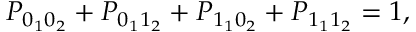
\begin{array} { r } { P _ { 0 _ { 1 } 0 _ { 2 } } + P _ { 0 _ { 1 } 1 _ { 2 } } + P _ { 1 _ { 1 } 0 _ { 2 } } + P _ { 1 _ { 1 } 1 _ { 2 } } = 1 , } \end{array}